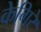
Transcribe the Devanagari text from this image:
केगिरे